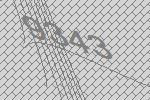
9343